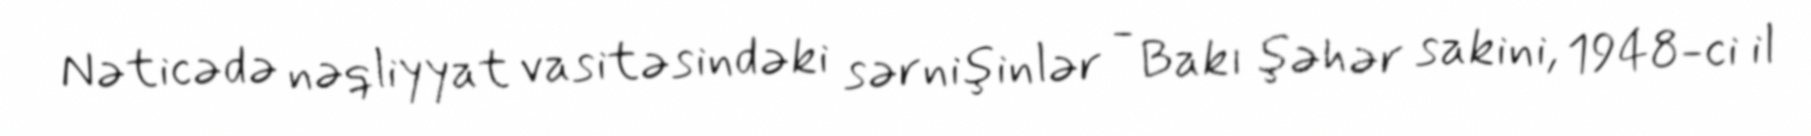
Nəticədə nəqliyyat vasitəsindəki sərnişinlər - Bakı şəhər sakini, 1948-ci il